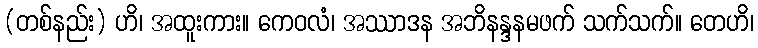
(တစ်နည်း) ဟိ၊ အထူးကား။ ကေဝလံ၊ အဿာဒန အဘိနန္ဒနမဖက် သက်သက်။ တေဟိ၊